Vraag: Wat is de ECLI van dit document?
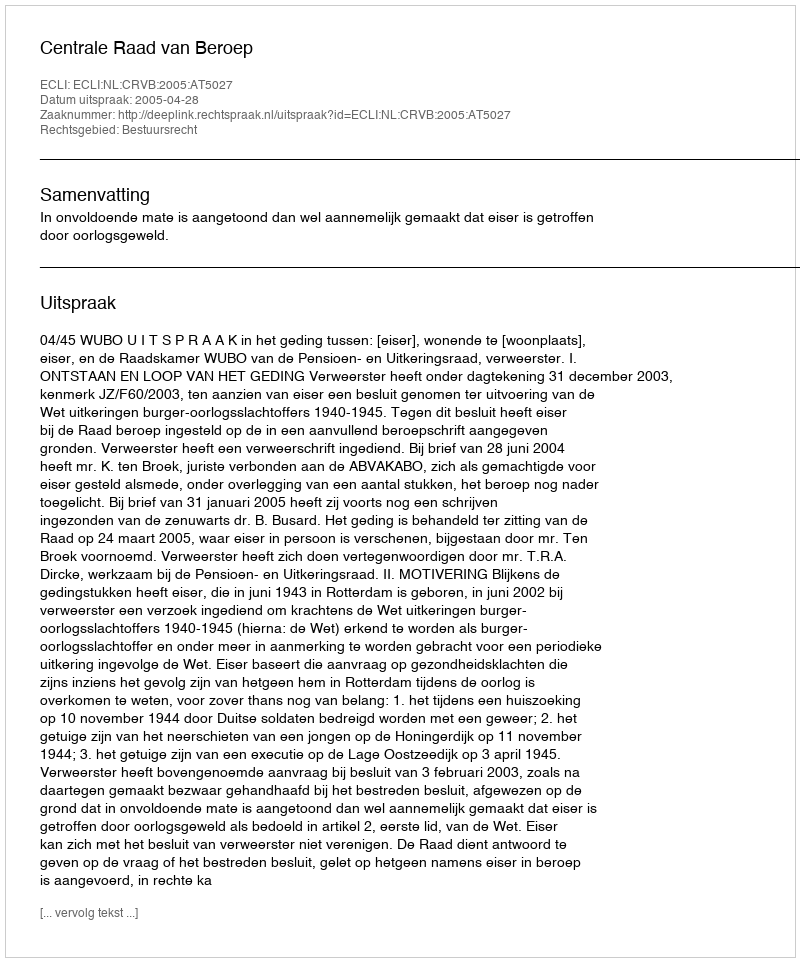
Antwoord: ECLI:NL:CRVB:2005:AT5027